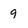
Character: 9